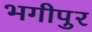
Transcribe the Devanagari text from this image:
भगीपुर